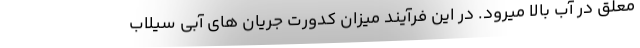
معلق در آب بالا میرود. در این فرآیند میزان کدورت جریان های آبی سیلاب